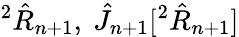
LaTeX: {}^{2}\hat{R}_{n+1},~\hat{J}_{n+1}[{}^{2}\hat{R}_{n+1}]